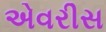
એવરીસ